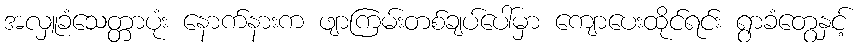
အလှူခံသေတ္တာပုံး နောက်နားက ဖျာကြမ်းတစ်ချပ်ပေါ်မှာ ကျောပေးထိုင်ရင်း ရွာခံတွေနှင့်